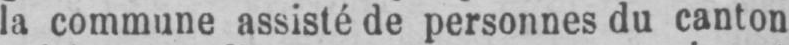
la commune assisté de personnes du canton